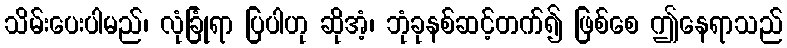
သိမ်းပေးပါမည်၊ လုံခြုံရာ ပြပါဟု ဆိုအံ့၊ ဘုံခုနစ်ဆင့်တက်၍ ဖြစ်စေ ဤနေရာသည်